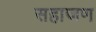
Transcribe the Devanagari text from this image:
सहाजण